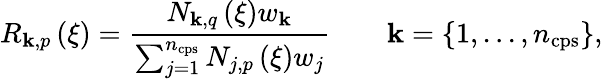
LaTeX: R_{\mathbf{k},p}\left(\xi\right)=\frac{{N_{\mathbf{k},q}\left(\xi\right)w_{\mathbf{k}}}}{{\sum_{j=1}^{n_{\mathrm{{{cps}}}}}N_{j,p}\left(\xi\right)w_{j}}}\qquad\mathbf{k}=\{ 1,...,n_{\mathrm{{cps}}}\} ,